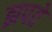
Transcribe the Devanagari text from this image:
झपते